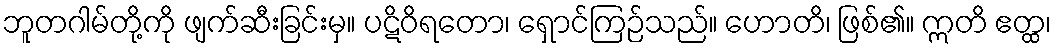
ဘူတဂါမ်တို့ကို ဖျက်ဆီးခြင်းမှ။ ပဋိဝိရတော၊ ရှောင်ကြဉ်သည်။ ဟောတိ၊ ဖြစ်၏။ ဣတိ ဧတ္ထ၊